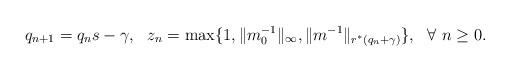
LaTeX: \begin{align*}q_{n+1} = q_ns - \gamma, ~~ z_n = \max\{1,\|m_0^{-1}\|_{\infty},\|m^{-1}\|_{r^*(q_n+\gamma)}\}, ~~ \forall ~n \geq 0.\end{align*}